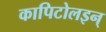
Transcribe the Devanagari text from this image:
कापिटोलइन्